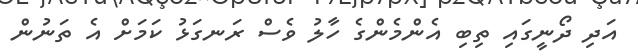
އަދި ދޯނީގައި ތިބި އެންމެންގެ ހާލު ވެސް ރަނގަޅު ކަމަށް އެ ތަނުން